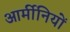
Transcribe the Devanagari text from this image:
आर्मीनियों